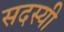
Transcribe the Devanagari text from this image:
सदस्यी